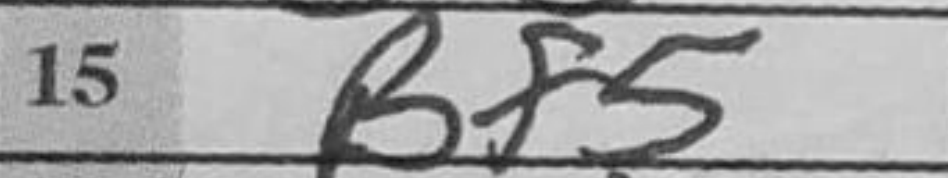
Transcription: Bf5